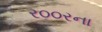
ર૦૦રના